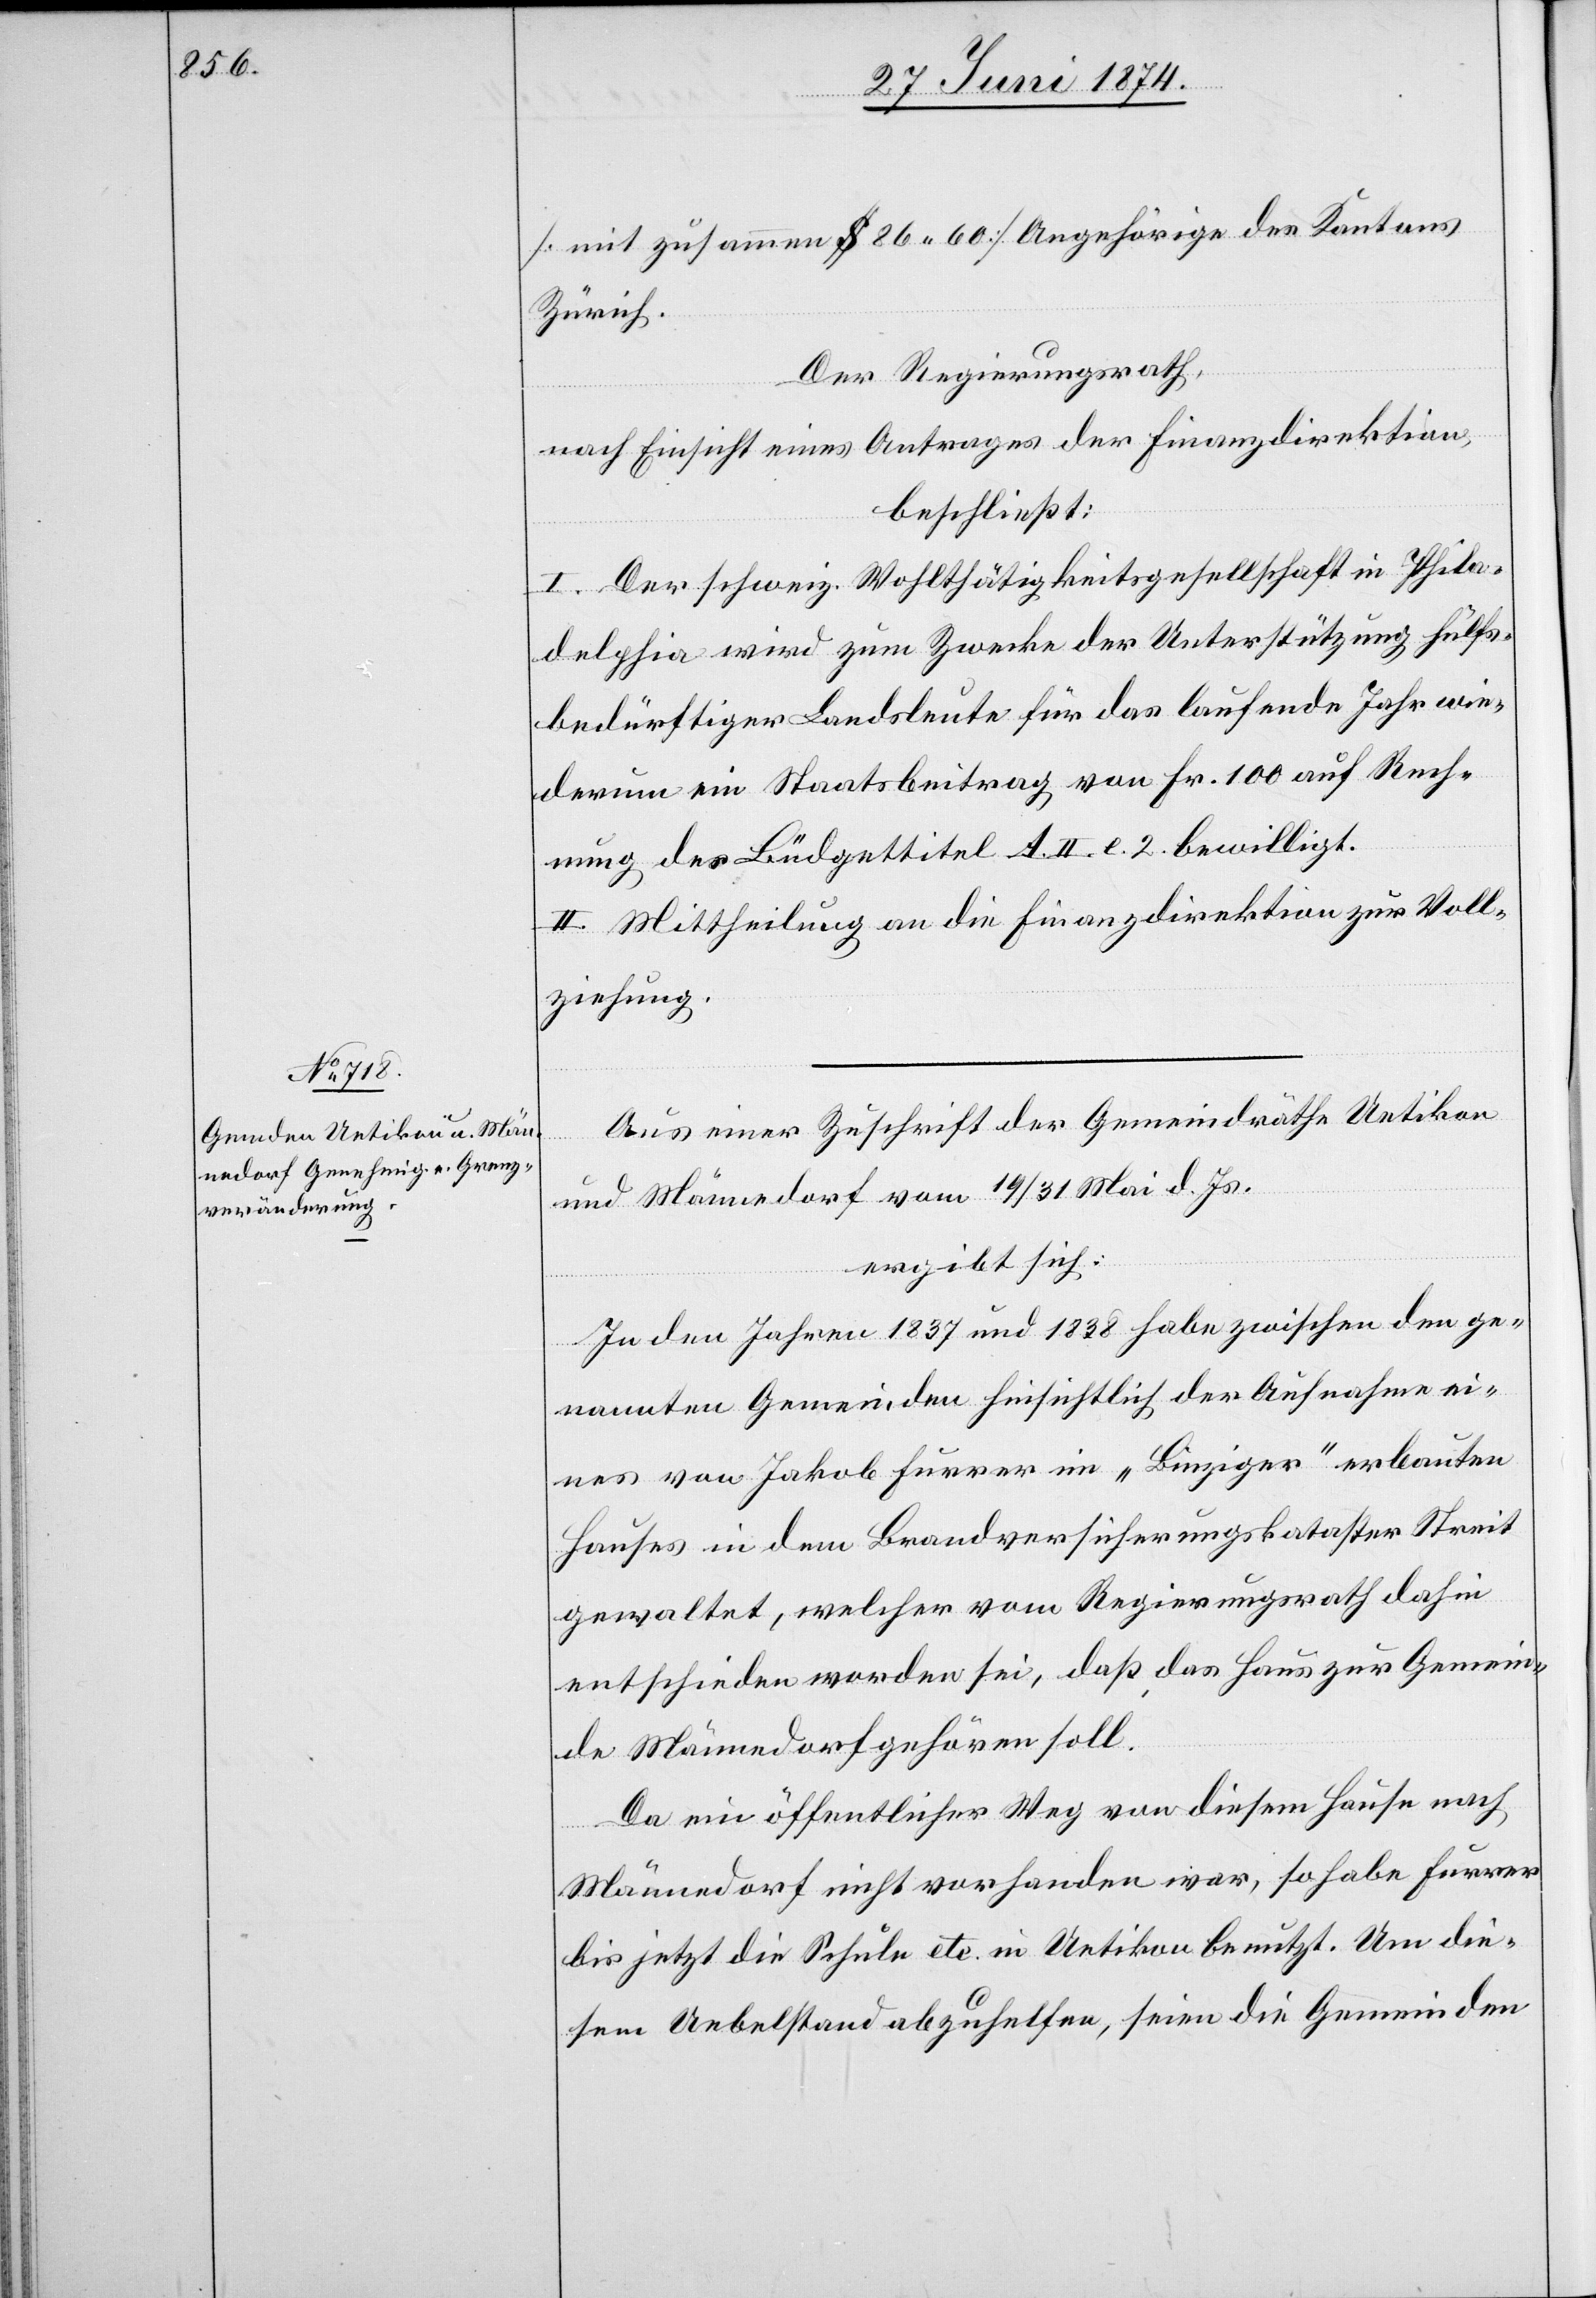
[mit zusammen $ 86.60] Angehörige des Kantons
Zürich.
Der Regierungsrath,
nach Einsicht eines Antrages der Finanzdirektion,
beschließt:
I. Der schweiz. Wohlthätigkeitsgesellschaft in Phila¬
delphia wird zum Zwecke der Unterstützung hilfs¬
bedürftiger Landsleute für das laufende Jahr wie¬
derum ein Staatsbeitrag von Fr. 100 auf Rech¬
nung des Büdgettitel A. II. e. 2. bewilligt.
II. Mittheilung an die Finanzdirektion zur Voll¬
ziehung.
Aus einer Zuschrift der Gemeindräthe Uetikon
und Männedorf vom 19./31. Mai d. Js.
ergibt sich:
In den Jahren 1837 und 1838 habe zwischen den ge¬
nannten Gemeinden hinsichtlich der Aufnahme ei¬
nes von Jakob Furrer im „Binziger“ erbauten
Hauses in dem Brandversicherungskataster Streit
gewaltet, welcher vom Regierungsrath dahin
entschieden worden sei, daß, das Haus zur Gemein¬
de Männedorf gehören soll.
Da ein öffentlicher Weg von diesem Hause nach
Männedorf nicht vorhanden war, so habe Furrer
bis jetzt die Schule etc. in Uetikon benutzt. Um die¬
sem Uebelstand abzuhelfen, seien die Gemeinden